Indian journal of veterinary science and animal husbandry - Volumes 24-25, 1954-1955
Year: 1954
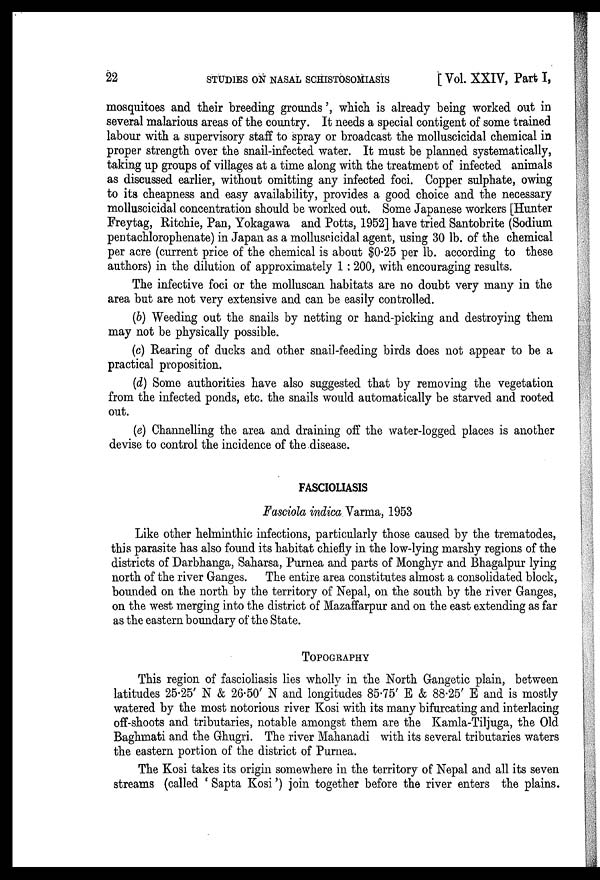
22 STUDIES ON NASAL SCHISTOSOMIASIS [Vol. XXIV, Part I,
mosquitoes and their breeding grounds', which is already being worked out in
several malarious areas of the country. It needs a special contigent of some trained
labour with a supervisory staff to spray or broadcast the molluscicidal chemical in
proper strength over the snail-infected water. It must be planned systematically,
taking up groups of villages at a time along with the treatment of infected animals
as discussed earlier, without omitting any infected foci. Copper sulphate, owing
to its cheapness and easy availability, provides a good choice and the necessary
molluscicidal concentration should be worked out. Some Japanese workers [Hunter
Freytag, Ritchie, Pan, Yokagawa and Potts, 1952] have tried Santobrite (Sodium
pentachlorophenate) in Japan as a molluscicidal agent, using 30 lb. of the chemical
per acre (current price of the chemical is about $0.25 per lb. according to these
authors) in the dilution of approximately 1:200, with encouraging results.
The infective foci or the molluscan habitats are no doubt very many in the
area but are not very extensive and can be easily controlled.
(b) Weeding out the snails by netting or hand-picking and destroying them
may not be physically possible.
(c) Rearing of ducks and other snail-feeding birds does not appear to be a
practical proposition.
(d) Some authorities have also suggested that by removing the vegetation
from the infected ponds, etc. the snails would automatically be starved and rooted
out.
(e) Channelling the area and draining off the water-logged places is another
devise to control the incidence of the disease.
FASCIOLIASIS
Fasciola indica Varma, 1953
Like other helminthic infections, particularly those caused by the trematodes,
this parasite has also found its habitat chiefly in the low-lying marshy regions of the
districts of Darbhanga, Saharsa, Purnea and parts of Monghyr and Bhagalpur lying
north of the river Ganges. The entire area constitutes almost a consolidated block,
bounded on the north by the territory of Nepal, on the south by the river Ganges,
on the west merging into the district of Mazaffarpur and on the east extending as far
as the eastern boundary of the State.
TOPOGRAPHY
This region of fascioliasis lies wholly in the North Gangetic plain, between
latitudes 25.25' N & 26.50' N and longitudes 85.75' E & 88.25' E and is mostly
watered by the most notorious river Kosi with its many bifurcating and interlacing
off-shoots and tributaries, notable amongst them are the Kamla-Tiljuga, the Old
Baghmati and the Ghugri. The river Mahanadi with its several tributaries waters
the eastern portion of the district of Purnea.
The Kosi takes its origin somewhere in the territory of Nepal and all its seven
streams (called 'Sapta Kosi') join together before the river enters the plains.